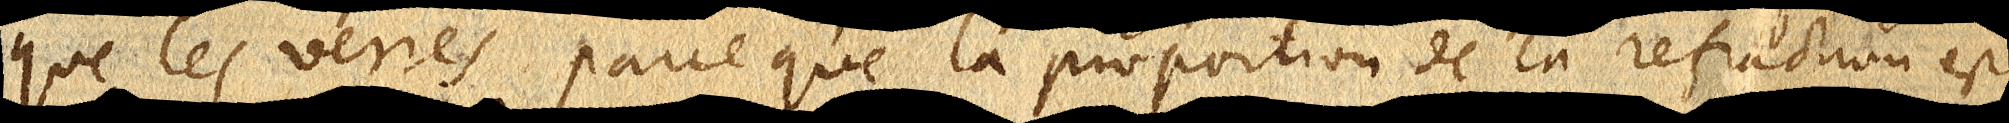
que les verres parce que la proportion de la refraction est